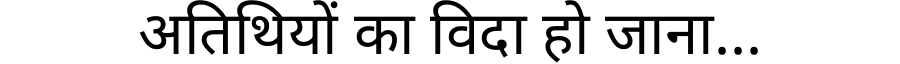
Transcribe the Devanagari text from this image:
अतिथियों का विदा हो जाना...